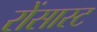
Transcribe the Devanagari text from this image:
रोंसास्ट